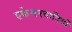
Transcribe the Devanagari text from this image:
एकेश्वरवादियों